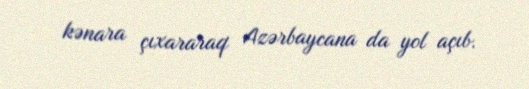
kənara çıxararaq Azərbaycana da yol açıb.